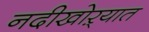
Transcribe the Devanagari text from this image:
नदीखोऱ्यात